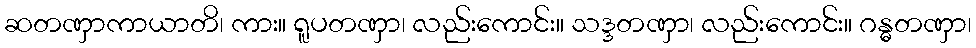
ဆတဏှာကာယာတိ၊ ကား။ ရူပတဏှာ၊ လည်းကောင်း။ သဒ္ဒတဏှာ၊ လည်းကောင်း။ ဂန္ဓတဏှာ၊